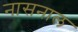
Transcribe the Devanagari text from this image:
नासनाल